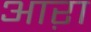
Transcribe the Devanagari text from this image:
आऱा